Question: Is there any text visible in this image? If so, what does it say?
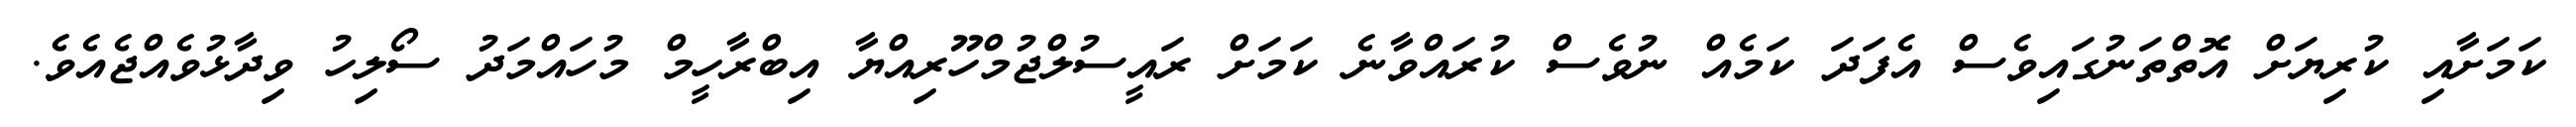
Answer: ކަމަށާއި ކުރިޔަށް އޮތްތަނުގައިވެސް އެފަދަ ކަމެއް ނުވެސް ކުރައްވާނެ ކަމަށް ރައީސުލްޖުމްހޫރިއްޔާ އިބްރާހީމް މުހައްމަދު ސޯލިހު ވިދާޅުވެއްޖެއެވެ.